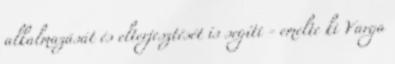
alkalmazását és elterjesztését is segíti - emelte ki Varga